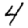
Digit: 4